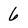
Character: 6